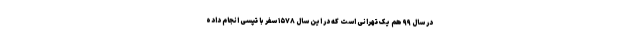
در سال ۹۹ هم یک تهرانی است که در این سال ۱۵۷۸ سفر با تپسی انجام داده